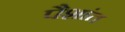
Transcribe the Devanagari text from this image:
पैशांत